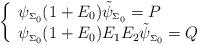
LaTeX: \begin{align*}\left\{\begin{array}{l}\psi_{\scriptscriptstyle \Sigma_{0}}(1+E_0)\tilde\psi_{\scriptscriptstyle \Sigma_{0}}=P\\ \psi_{\scriptscriptstyle \Sigma_{0}}(1+ E_0) E_1E_2\tilde\psi_{\scriptscriptstyle \Sigma_{0}}=Q \end{array}\right.\end{align*}